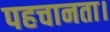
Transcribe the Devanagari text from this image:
पहचानता।